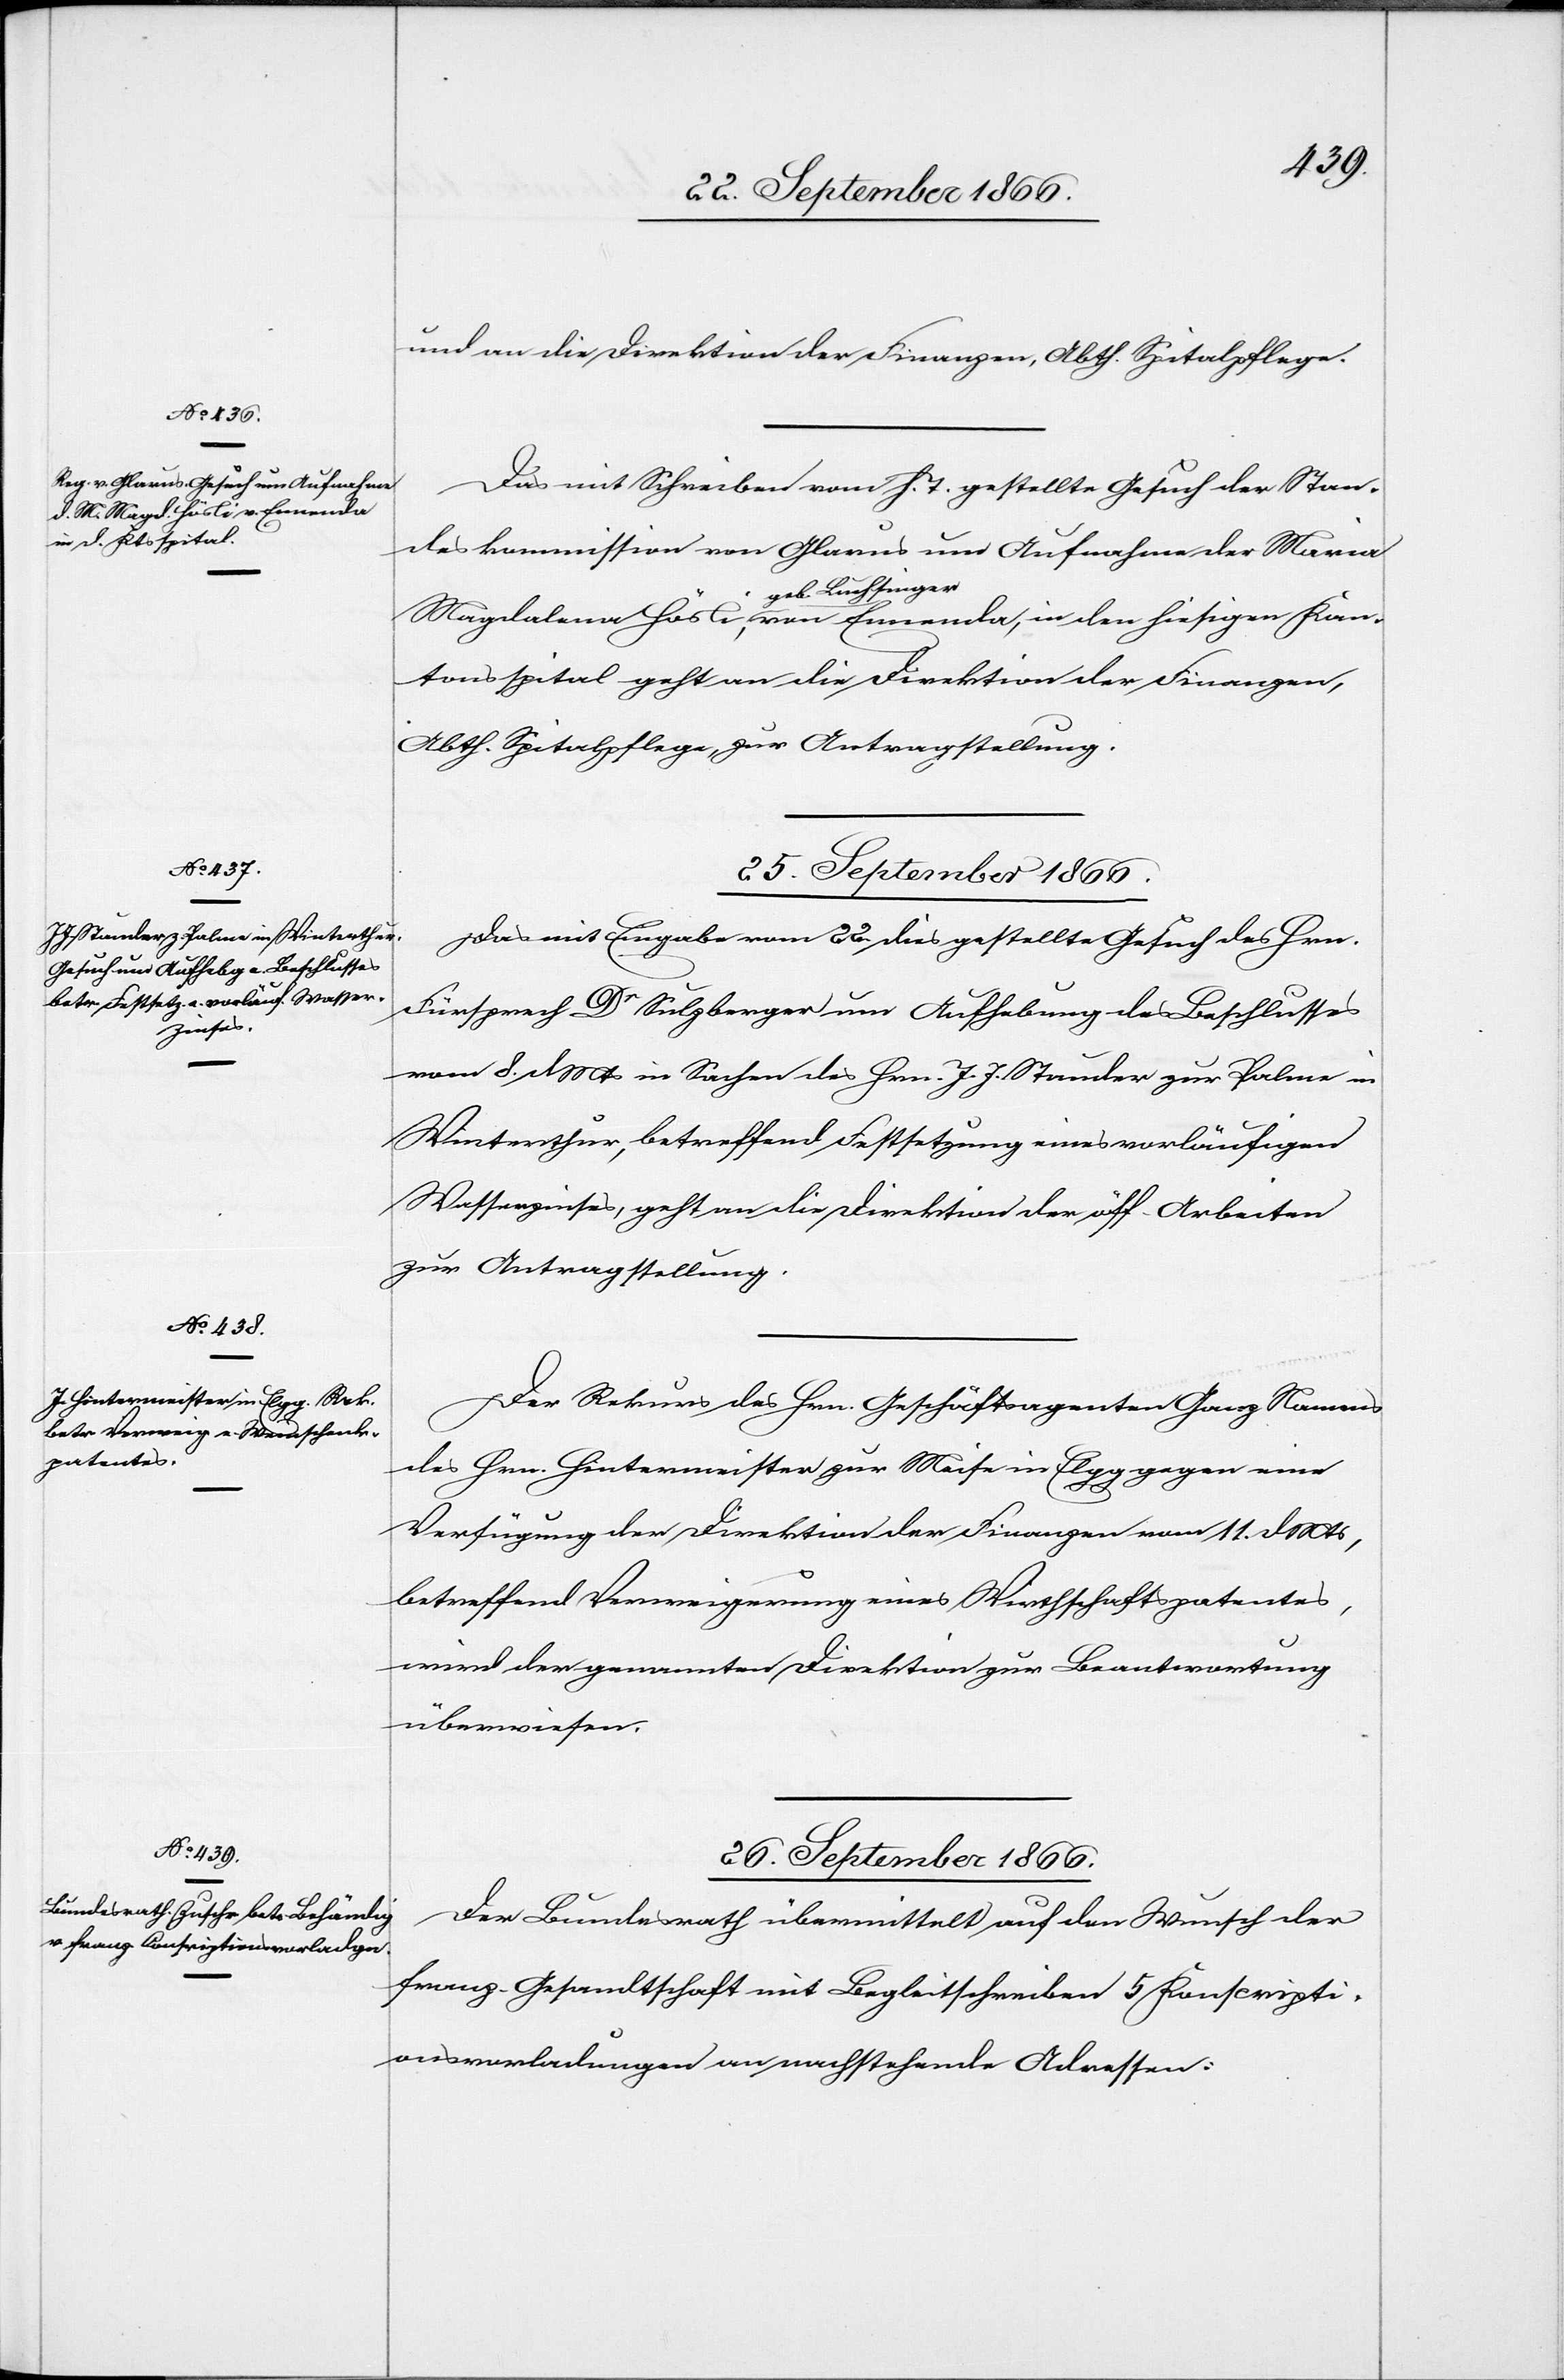
25. September 1866.]
und an die Direktion der Finanzen, Abth. Spitalpflege.
Das mit Schreiben vom h. T. gestellte Gesuch der Stan¬
deskommission von Glarus um Aufnahme der Maria
geb. Buchsinger,
Kantonsspital geht an die Direktion der Finanzen,
Abth. Spitalpflege, zur Antragstellung.
Das mit Eingabe vom 22. dies gestellte Gesuch des Hrn.
Fürsprech Dr. Sulzberger um Aufhebung des Beschlusses
vom 8. dMts in Sachen des Hrn. J. J. Stauder zur Palme in
Winterthur, betreffend Festsetzung eines vorläufigen
Wasserzinses, geht an die Direktion der öff. Arbeiten
zur Antragstellung.
Der Rekurs des Hrn. Geschäftsagenten Ganz Namens
des Hrn. Hintermeister zur Meise in Elgg gegen eine
Verfügung der Direktion der Finanzen vom 11. dMts,
betreffend Verweigerung eines Wirthschaftspatentes,
wird der genannten Direktion zur Beantwortung
überwiesen.
26. September 1866.
Der Bundesrath übermittelt auf den Wunsch der
franz. Gesandtschaft mit Begleitschreiben 5 Konscripti¬
onsvorladungen an nachstehende Adressen: